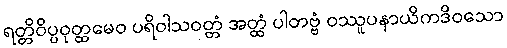
ရတ္တိဝိပ္ပဝုတ္ထမေဝ ပရိဝါသဝတ္တံ အတ္ထံ ပါတဗ္ဗံ ဝဿူပနာယိကဒိဝသော